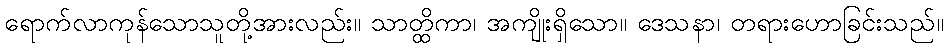
ရောက်လာကုန်သောသူတို့အားလည်း။ သာတ္ထိကာ၊ အကျိုးရှိသော။ ဒေသနာ၊ တရားဟောခြင်းသည်။